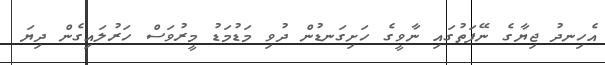
އެހިނދު ޖިޔާގެ ނޭފަތުގައި ނާވީގެ ހަށިގަނޑުން ދުވި މަޑުމަޑު މީރުވަސް ހަރުލައިގެން ދިޔަ